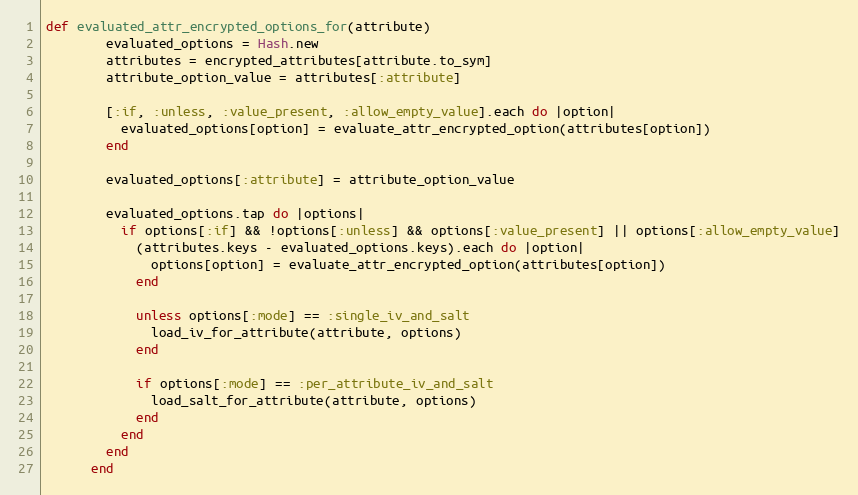
Language: Ruby
def evaluated_attr_encrypted_options_for(attribute)
        evaluated_options = Hash.new
        attributes = encrypted_attributes[attribute.to_sym]
        attribute_option_value = attributes[:attribute]

        [:if, :unless, :value_present, :allow_empty_value].each do |option|
          evaluated_options[option] = evaluate_attr_encrypted_option(attributes[option])
        end

        evaluated_options[:attribute] = attribute_option_value

        evaluated_options.tap do |options|
          if options[:if] && !options[:unless] && options[:value_present] || options[:allow_empty_value]
            (attributes.keys - evaluated_options.keys).each do |option|
              options[option] = evaluate_attr_encrypted_option(attributes[option])
            end

            unless options[:mode] == :single_iv_and_salt
              load_iv_for_attribute(attribute, options)
            end

            if options[:mode] == :per_attribute_iv_and_salt
              load_salt_for_attribute(attribute, options)
            end
          end
        end
      end